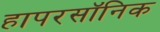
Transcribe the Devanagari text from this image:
हापरसॉनिक